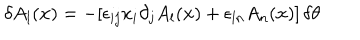
LaTeX: \delta A _ { l } ( { \bf x } ) = - [ \epsilon _ { i j } x _ { i } \partial _ { j } A _ { l } ( { \bf x } ) + \epsilon _ { l n } A _ { n } ( { \bf x } ) ] \, \delta \theta